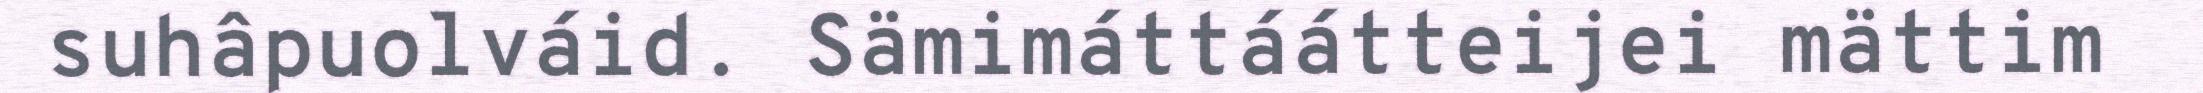
suhâpuolváid. Sämimáttáátteijei mättim